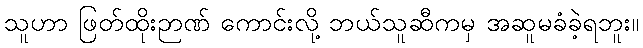
သူဟာ ဖြတ်ထိုးဉာဏ် ကောင်းလို့ ဘယ်သူဆီကမှ အဆူမခံခဲ့ရဘူး။